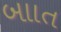
બાાત